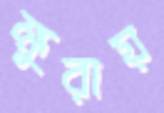
ক্ষুরায়